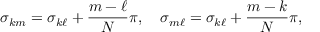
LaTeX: \sigma _ { k m } = \sigma _ { k \ell } + { \frac { m - \ell } { N } } \pi , \quad \sigma _ { m \ell } = \sigma _ { k \ell } + { \frac { m - k } { N } } \pi ,